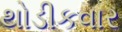
થોડીકવાર